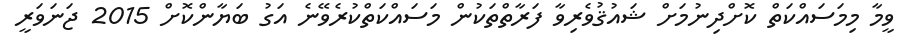
ވީމާ މިމަސައްކަތް ކޮށްދިނުމަށް ޝައުޤުވެރިވާ ފަރާތްތަކުން މަސައްކަތްކުރެވޭނެ އަގު ބަޔާންކޮށް 2015 ޖަނަވަރީ